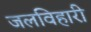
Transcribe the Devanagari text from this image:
जलविहारी